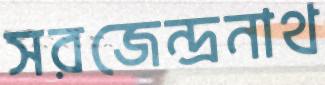
সরজেন্দ্রনাথ